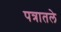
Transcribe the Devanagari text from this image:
पत्रातले